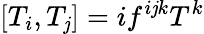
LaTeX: [T_{i},T_{\mathit{j}}]=if^{i\mathit{j}k}T^{k}